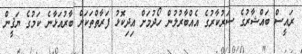
ރައީސް ބައްޝާރުގެ ސަރުކާރުގެ އެއްބާރުލުން ހޯދުމަށް އިދިކޮޅު ފަރާތްތަކަށް ބާރުއަޅާނެ ކަމުގެ ޔަޤީން